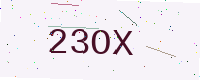
Text: 23OX